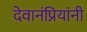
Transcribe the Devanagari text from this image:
देवानंप्रियांनी